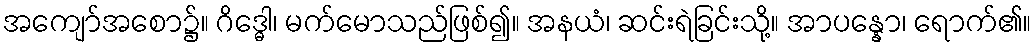
အကျော်အစော၌။ ဂိဒ္ဓေါ၊ မက်မောသည်ဖြစ်၍။ အနယံ၊ ဆင်းရဲခြင်းသို့။ အာပန္နော၊ ရောက်၏။